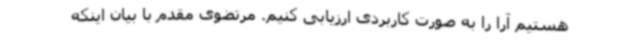
هستیم آرا را به صورت کاربردی ارزیابی کنیم. مرتضوی مقدم با بیان اینکه